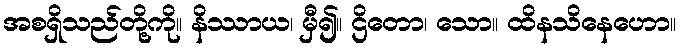
အစရှိသည်တို့ကို။ နိဿာယ၊ မှီ၍။ ဌိတော၊ သော။ ထိနသိနေဟော။